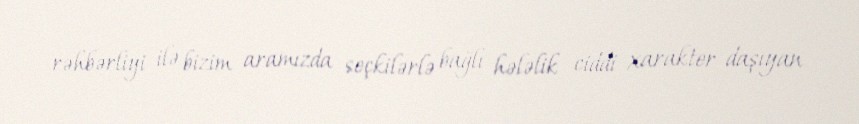
rəhbərliyi ilə bizim aramızda seçkilərlə bağlı hələlik ciddi xarakter daşıyan